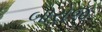
બારોજ